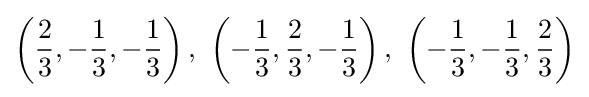
\left({\frac {2}{3}},-{\frac {1}{3}},-{\frac {1}{3}}\right),\ \left(-{\frac {1}{3}},{\frac {2}{3}},-{\frac {1}{3}}\right),\ \left(-{\frac {1}{3}},-{\frac {1}{3}},{\frac {2}{3}}\right)